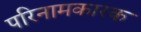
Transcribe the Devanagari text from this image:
परिनामकारक